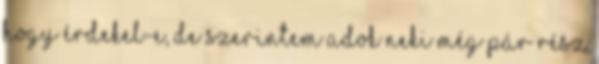
hogy érdekel-e, de szerintem adok neki még pár rész